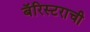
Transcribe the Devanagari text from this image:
बॅरिस्टराची